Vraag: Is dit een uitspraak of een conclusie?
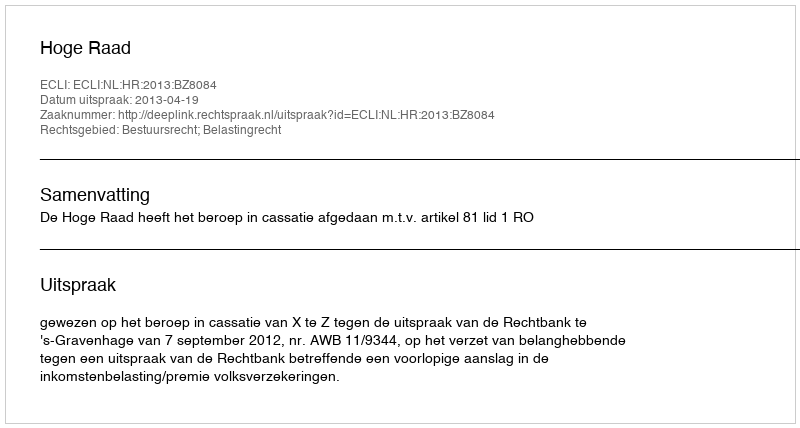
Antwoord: Uitspraak